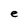
Character: e